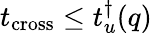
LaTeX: t_{\mathrm{cross}}\leq t_{u}^{\dagger}(q)